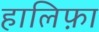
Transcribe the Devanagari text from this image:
हालिफ़ा